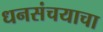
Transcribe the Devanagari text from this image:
धनसंचयाचा